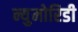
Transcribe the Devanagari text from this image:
न्युमोरिडी